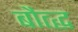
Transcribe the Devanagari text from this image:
बौत्द्ध